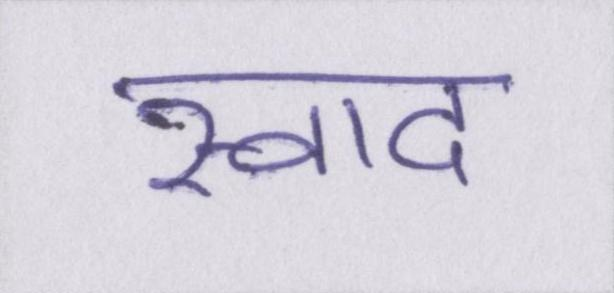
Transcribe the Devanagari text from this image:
स्वाद